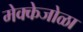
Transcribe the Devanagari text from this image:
मेक्केजोळा